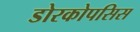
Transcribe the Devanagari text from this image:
डोरकोपसिस